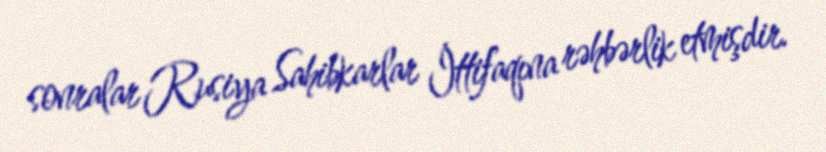
sonralar Rusiya Sahibkarlar İttifaqına rəhbərlik etmişdir.